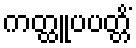
ကတ္ထူပပတ္တိံ